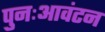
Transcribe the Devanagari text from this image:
पुनःआवंटन